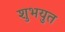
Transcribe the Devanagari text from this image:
शुभयुत